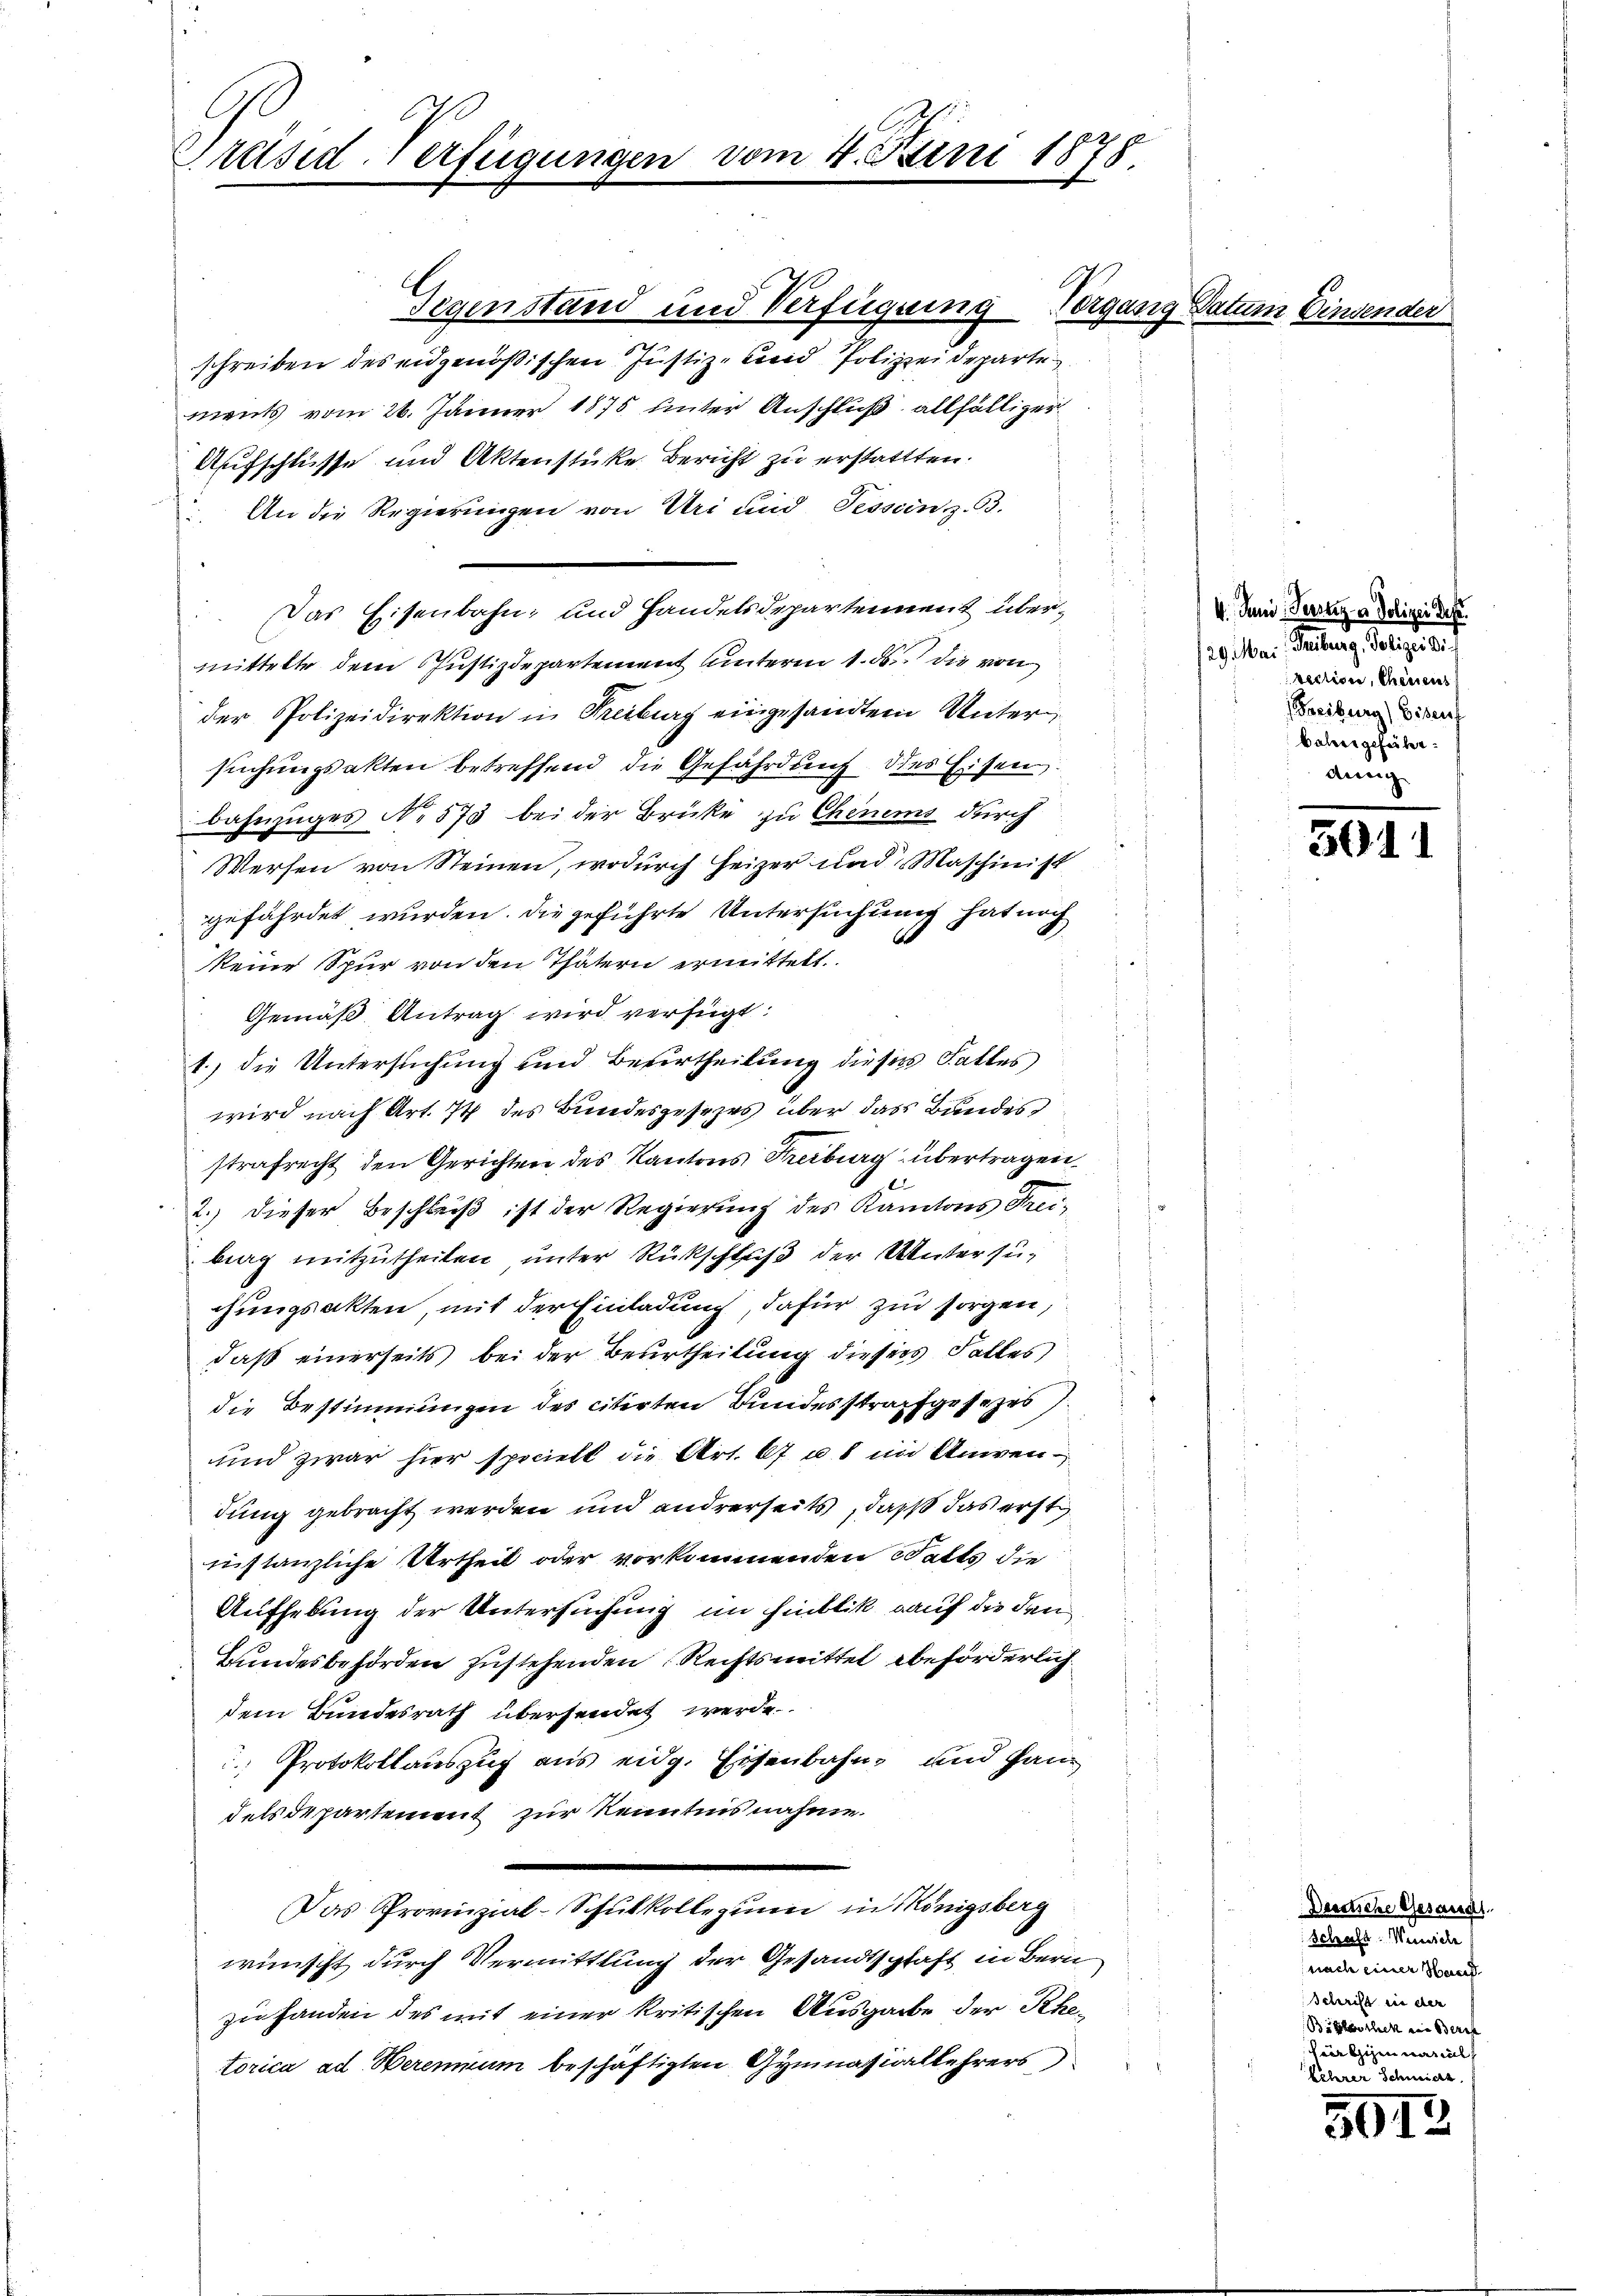
Präsid. Verfügungen

Gegenstand und Verfügung Vorgang Datum Einsender
schreiben des eidgenößischen Justiz- und Polizeideparte
ments vom 26. Jänner 1875 unter Anschluß allfälliger
Aufschlüsse und Aktenstücke Bericht zu erstattten.
 An die Regierungen von Uri und Tessin z. B.
Das Eisenbahn- und Handelsdepartement übermittelte dem Justizdepartement unterm 1. ds. die von
der Polizeidirektion in Freiburg eingesandtem Untersuchungsakten betreffend die Gefährdung des Eisen.
Bahnzuges No 573 bei der Brücke zu Chenems durch
Werfen von Steinen, wodurch Heizer und Maschinist
gefährdet wurden. Die geführte Untersuchung hat noch
keine Spur von den Thätern ermittelt.
Gemäß Antrag wird verfügt:
1.) die Untersuchung und Berurtheilung dieses Fattes
wird nach Art. 74 des Bundesgesetzes über das Bandes
strafrecht den Gerichten des Kantons Freiburg übertragen.
2.) Dieser Beschleiß ist der Regierung des Kantons Freibrag mitzutheilen unter Rückschluß der Untersugungsakten, mit der Einladung, dafür zu sorgen,
daß einerseits bei der Beurtheilung dieser Falles
die Bestimmungen des citirten Bundesstrafgesezes
uund zwar hier speciell die Art. 67 u. 8 im Anwendung gebracht werden und andrerseits, daß das erst
instanzliche Urtheil oder vorkommenden Satts die
Aufhebung der Untersuchung im Hinblik auf die den
Bundesbehörden zustehenden Rechtsmittel beförderlich
dem Bundesrath übersendet werde.
 Protokollauszug aus eidg. Eisenbahn und Ganz
dels de partement zur Kenntnis nahme.
Das Provinzial-Schulkollegium in Königsberg
wünscht durch Vermittlung der Gesandtschaft in Bern
f
zu handen des mit einer kritischen Ausgabe der Rhetorica ad Heremium beschäftigten Gymnasiallehrers

vom 4. Juni 1878

4. Juni, Testige Polizei des
ed Mein Parten Polizeia
recliser, Chenens
Freiburg) Bisen
baleer geheilen.
dung

3011

Dessliche Gesarant
Schaft Winte
nach einer Haech
Schrift in der
Bibliothek ein Beruf
Fürthigen Mariel
Velerer Schneiert.

3012